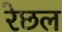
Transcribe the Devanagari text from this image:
रेछल